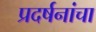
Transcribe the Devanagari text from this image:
प्रदर्षनांचा